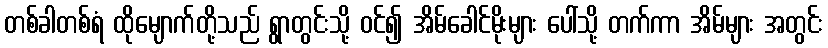
တစ်ခါတစ်ရံ ထိုမျောက်တို့သည် ရွာတွင်းသို့ ဝင်၍ အိမ်ခေါင်မိုးများ ပေါ်သို့ တက်ကာ အိမ်များ အတွင်း